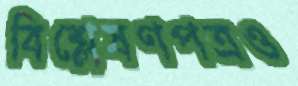
বিশ্লেষণপত্রও